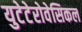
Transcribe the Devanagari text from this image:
युटेटेरोवेसिकल